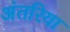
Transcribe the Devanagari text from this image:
अंतरिया